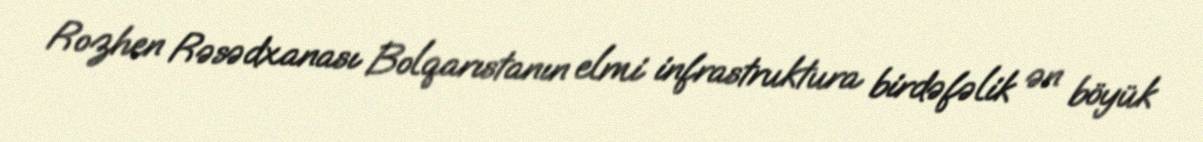
Rozhen Rəsədxanası Bolqarıstanın elmi infrastruktura birdəfəlik ən böyük